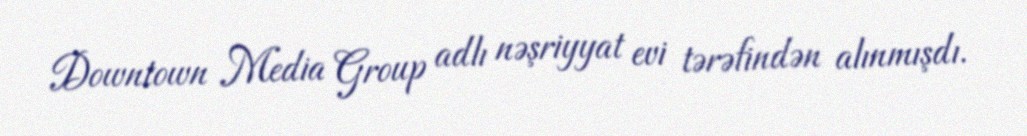
Downtown Media Group adlı nəşriyyat evi tərəfindən alınmışdı.